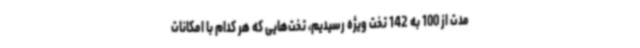
مدت از 100 به 142 تخت ویژه رسیدیم، تخت‌هایی که هر کدام با امکانات